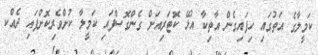
ކަމީލާގެ އަތުގައި ހިފައިގެން އާތިކާ އުޅޭ ކޮޓަރިއަށް ގެންގޮސްފައި ކަމީލާ ކުށްވެރިކޮށްފައި ދެއްކ